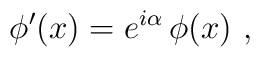
\phi'(x)=e^{i\alpha}\,\phi(x)\ ,